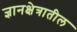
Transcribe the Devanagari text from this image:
ज्ञानक्षेत्रातील